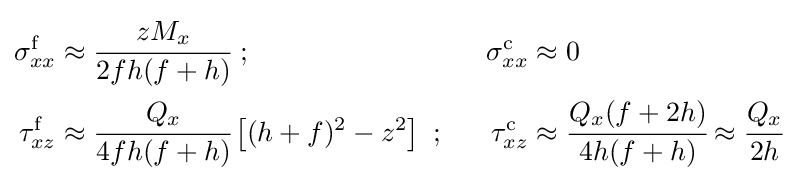
{\begin{aligned}\sigma _{xx}^{\mathrm {f} }&\approx {\cfrac {zM_{x}}{2fh(f+h)}}~;~~&\sigma _{xx}^{\mathrm {c} }&\approx 0\\\tau _{xz}^{\mathrm {f} }&\approx {\cfrac {Q_{x}}{4fh(f+h)}}\left[(h+f)^{2}-z^{2}\right]~;~~&\tau _{xz}^{\mathrm {c} }&\approx {\cfrac {Q_{x}(f+2h)}{4h(f+h)}}\approx {\cfrac {Q_{x}}{2h}}\end{aligned}}